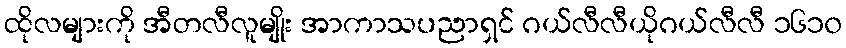
ထိုလများကို အီတလီလူမျိုး အာကာသပညာရှင် ဂယ်လီလီယိုဂယ်လီလီ ၁၆၁၀